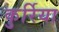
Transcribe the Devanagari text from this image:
कुर्रिया